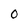
Character: 0